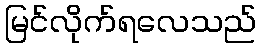
မြင်လိုက်ရလေသည်